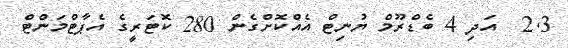
2